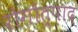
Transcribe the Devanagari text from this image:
रोगोत्पाद